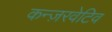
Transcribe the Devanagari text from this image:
कन्ज़रवेटिव